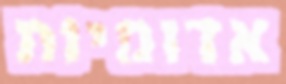
אדומיות